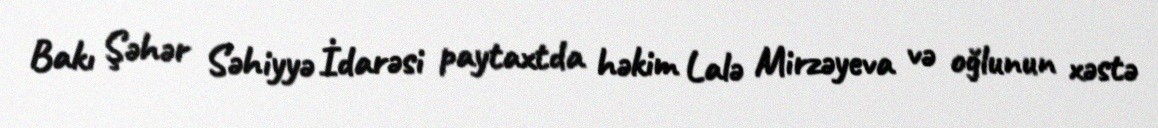
Bakı Şəhər Səhiyyə İdarəsi paytaxtda həkim Lalə Mirzəyeva və oğlunun xəstə